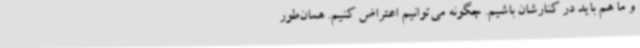
و ما هم باید در کنارشان باشیم. چگونه می‌توانیم اعتراض کنیم. همان‌طور